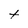
Character: t